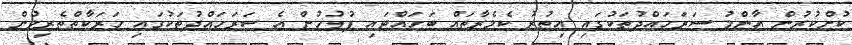
ކުށްކުރުން އާންމު ސަރަހައްދުތަކުގައި އިތުރު ކެމެރާތައް ބަހައްޓައި ފުލުހުން އެ ސަރަހައްދުތަކުގައި ހަރަކާތްތެރިވުން